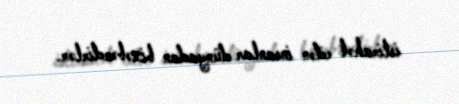
istirahət edən insanlar dünyadan bixəbərdirlər.